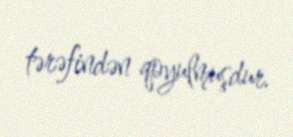
tərəfindən qoyulmuşdur.